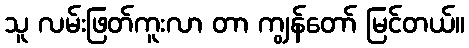
သူ လမ်းဖြတ်ကူးလာ တာ ကျွန်တော် မြင်တယ်။